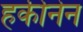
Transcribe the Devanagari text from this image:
हकीनेन